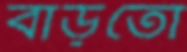
বাড়তো